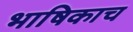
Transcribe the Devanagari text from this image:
भाषिकाच